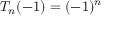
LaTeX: T _ { n } ( - 1 ) = ( - 1 ) ^ { n }